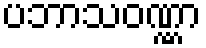
ပဘာသဝဏ္ဏာ